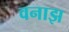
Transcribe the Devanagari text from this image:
वनाझ